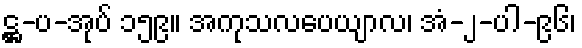
ဋ္ဌ-ပ-အုပ် ၁၅၉။ အကုသလပေယျာလ၊ အံ-၂-ပါ-၉၆၊